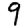
Digit: 9